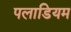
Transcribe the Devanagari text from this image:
पलाडियम